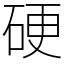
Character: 硬